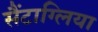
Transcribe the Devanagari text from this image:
सैंटाग्लिया